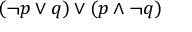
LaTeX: ( \neg p \lor q ) \lor ( p \land \neg q )